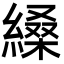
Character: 縔